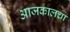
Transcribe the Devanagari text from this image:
आजकालचा